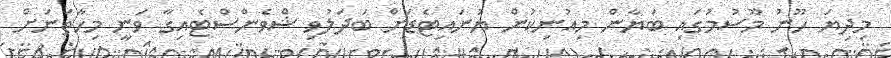
މިދިޔަ ހޫނު މޫސުމުގައި ބަޔާން މިއުނިކުން ޔުނައިޓެޑަށް ބަދަލުވި ޝްވެންސްޓެއިގާ ވަނީ މިހާތަނަށް